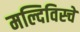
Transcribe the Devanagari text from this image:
मल्दिविस्चे